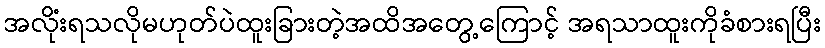
အလိုံးရသလိုမဟုတ်ပဲထူးခြားတဲ့အထိအတွေ့ကြောင့် အရသာထူးကိုခံစားရပြီး